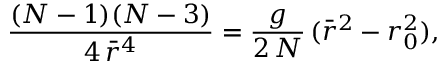
\frac { ( N - 1 ) ( N - 3 ) } { 4 \, \bar { r } ^ { 4 } } = \frac { g } { 2 \, N } \, ( \bar { r } ^ { 2 } - r _ { 0 } ^ { 2 } ) ,